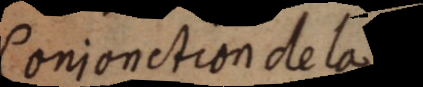
Conjonction de la